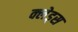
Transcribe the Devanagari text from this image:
क्लेड्स